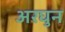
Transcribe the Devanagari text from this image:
अरघुन